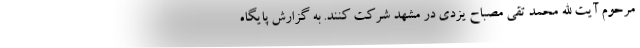
مرحوم آیت الله محمد تقی مصباح یزدی در مشهد شرکت کنند. به گزارش پایگاه